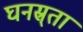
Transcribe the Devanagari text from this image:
घनस्र्ता